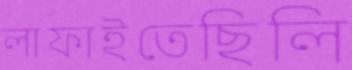
লাফাইতেছিলি